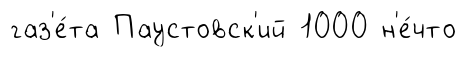
газ'е́та Паустовск'ий 1000 н'е́что